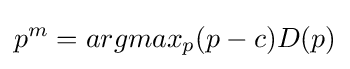
p^{m}=argmax_{p}(p-c)D(p)